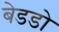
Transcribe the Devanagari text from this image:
बेडडो